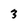
Character: 3